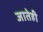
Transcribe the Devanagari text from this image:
जातेही